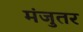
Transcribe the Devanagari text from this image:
मंजुतर